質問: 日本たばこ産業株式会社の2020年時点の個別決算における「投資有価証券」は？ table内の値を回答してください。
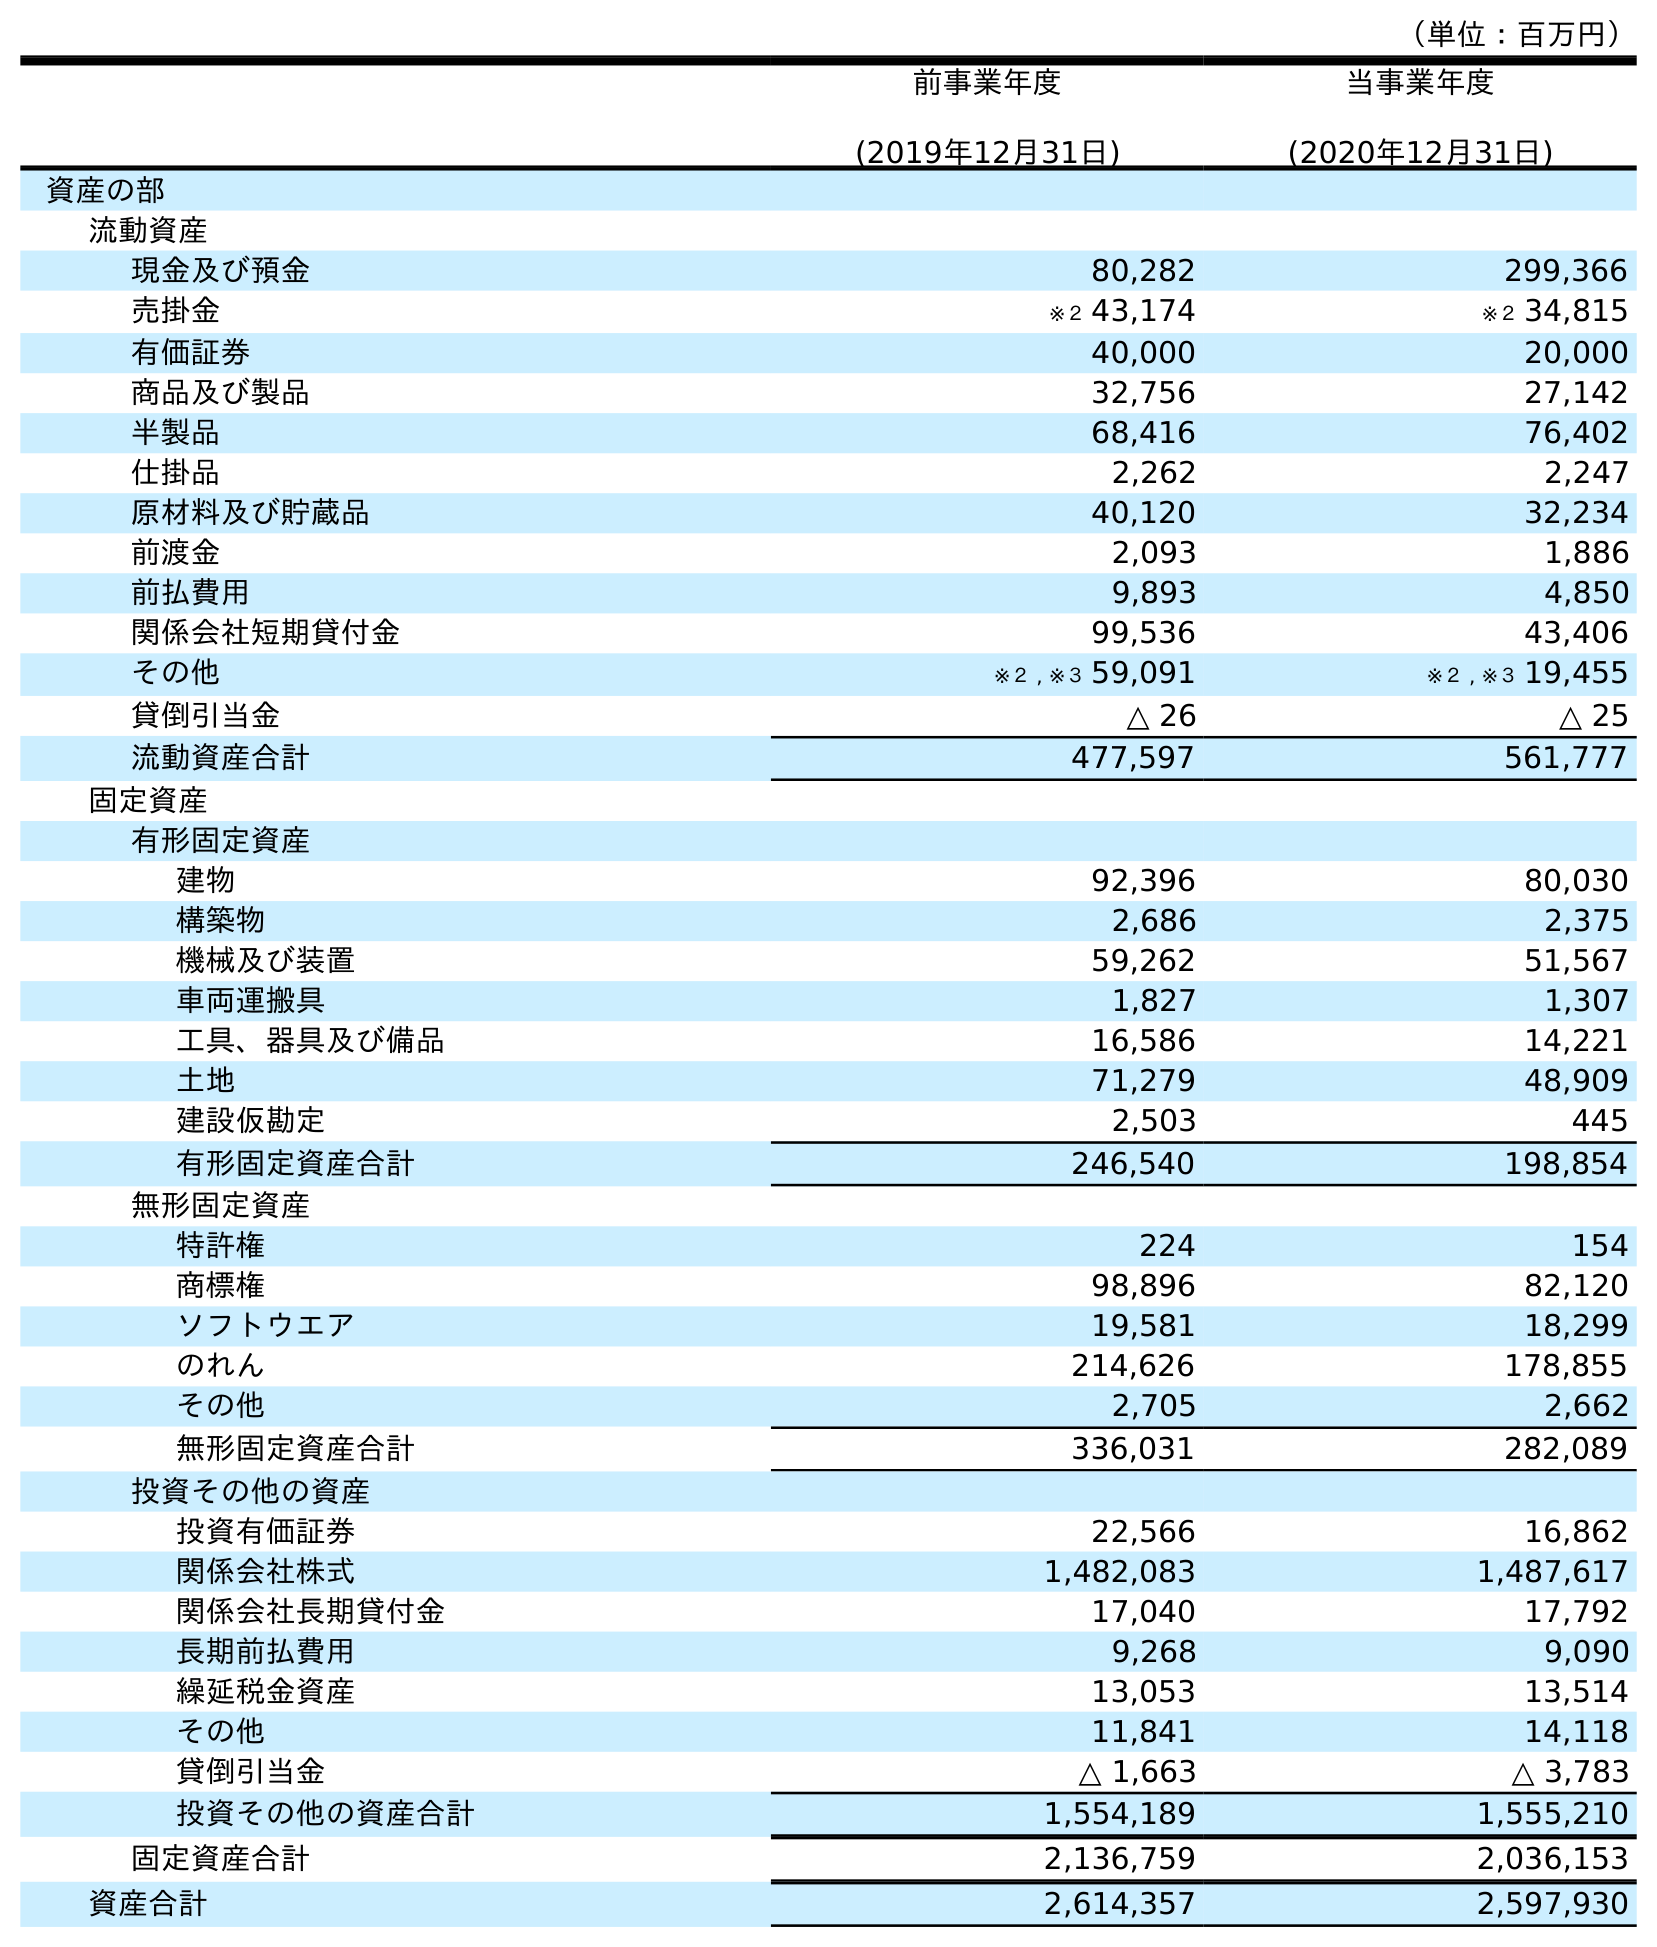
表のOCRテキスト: （単位：百万円） 前事業年度 (2019年12月31日) 当事業年度 (2020年12月31日) 資産の部 流動資産 現金及び預金 80,282 299,366 売掛金 ※２ 43,174 ※２ 34,815 有価証券 40,000 20,000 商品及び製品 32,756 27,142 半製品 68,416 76,402 仕掛品 2,262 2,247 原材料及び貯蔵品 40,120 32,234 前渡金 2,093 1,886 前払費用 9,893 4,850 関係会社短期貸付金 99,536 43,406 その他 ※２ , ※３ 59,091 ※２ , ※３ 19,455 貸倒引当金 △ 26 △ 25 流動資産合計 477,597 561,777 固定資産 有形固定資産 建物 92,396 80,030 構築物 2,686 2,375 機械及び装置 59,262 51,567 車両運搬具 1,827 1,307 工具、器具及び備品 16,586 14,221 土地 71,279 48,909 建設仮勘定 2,503 445 有形固定資産合計 246,540 198,854 無形固定資産 特許権 224 154 商標権 98,896 82,120 ソフトウエア 19,581 18,299 のれん 214,626 178,855 その他 2,705 2,662 無形固定資産合計 336,031 282,089 投資その他の資産 投資有価証券 22,566 16,862 関係会社株式 1,482,083 1,487,617 関係会社長期貸付金 17,040 17,792 長期前払費用 9,268 9,090 繰延税金資産 13,053 13,514 その他 11,841 14,118 貸倒引当金 △ 1,663 △ 3,783 投資その他の資産合計 1,554,189 1,555,210 固定資産合計 2,136,759 2,036,153 資産合計 2,614,357 2,597,930
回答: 16,862